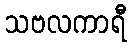
သဗလကာရီ